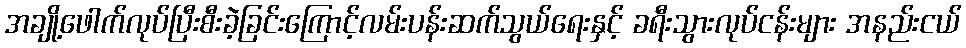
အချို့ဖေါက်လုပ်ပြီးစီးခဲ့ခြင်းကြောင့်လမ်းပန်းဆက်သွယ်ရေးနှင့် ခရီးသွားလုပ်ငန်းများ အနည်းငယ်